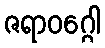
ဇရာဝဂ္ဂေါ